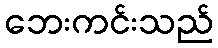
ဘေးကင်းသည်